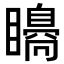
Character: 𥌗